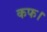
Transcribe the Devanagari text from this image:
कफ।